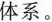
体系。